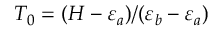
T _ { 0 } = ( H - \varepsilon _ { a } ) / ( \varepsilon _ { b } - \varepsilon _ { a } )